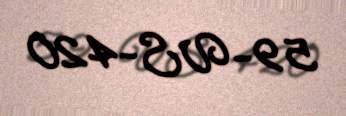
59-VS-420